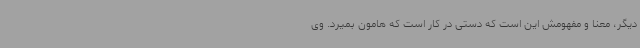
دیگر، معنا و مفهومش این است که دستی در کار است که هامون بمیرد. وی